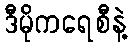
ဒီမိုကရေစီနဲ့